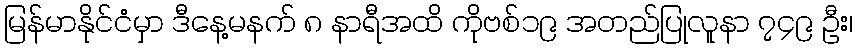
မြန်မာနိုင်ငံမှာ ဒီနေ့မနက် ၈ နာရီအထိ ကိုဗစ်၁၉ အတည်ပြုလူနာ ၇၄၉ ဦး၊